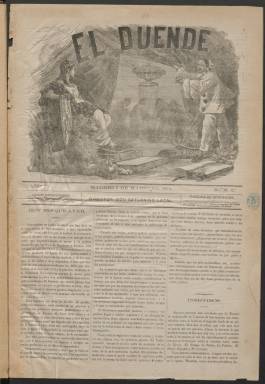
Título: El Duende (Madrid. 1876)
Colección: Periódicos
Ámbito geográfico: Madrid
Lugar de publicación: Madrid
Fechas: 05/03/1876-30/09/1877